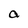
Character: a